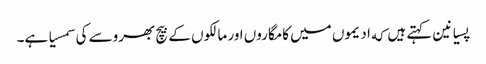
پسیانین کہتے ہیں که ادیموں میں کامگاروں اور مالکوں کے بیچ بھروسے کی سمسیا ہے۔